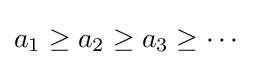
a_{1}\geq a_{2}\geq a_{3}\geq \cdots